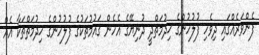
ފެންވަރެއްގައި ދިވެހި ފުލުހުންގެ ޚިދުމަތްދީ ދުނިޔޭގެ އެހެން ޤައުމުތަކުގެ ފުލުހުންގެ ޚިދުމަތްތަކާ އެއް